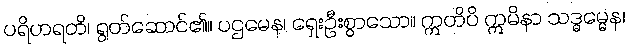
ပရိဟရတိ၊ ရွတ်ဆောင်၏။ ပဌမေန၊ ရှေးဦးစွာသော။ ဣတိပိ ဣမိနာ သဒ္ဓမ္မေန၊